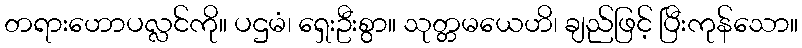
တရားဟောပလ္လင်ကို။ ပဌမံ၊ ရှေးဦးစွာ။ သုတ္တမယေဟိ၊ ချည်ဖြင့် ပြီးကုန်သော။